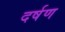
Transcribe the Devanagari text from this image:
दर्षण